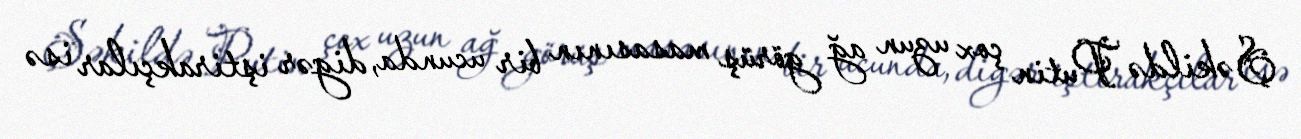
Şəkildə Putin çox uzun ağ görüş masasının bir ucunda, digər iştirakçılar isə